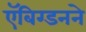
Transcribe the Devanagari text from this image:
ऍबिग्डनने